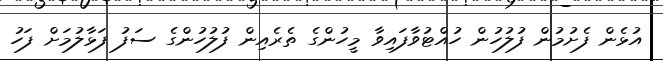
އުޅެން ފެށުމުން ފުލުހުން ހުއްޓުވާފައިވާ މީހުންގެ ތެރެއިން ފުލުހުންގެ ސަފު ފަޅާލުމަށް ފަހު